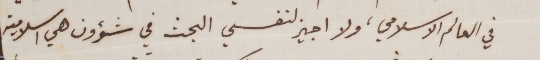
في العالم الاسلامي، ولا اجيز لنفسي البحث في شؤون هي اسلامية